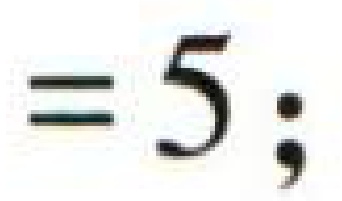
$=5;$